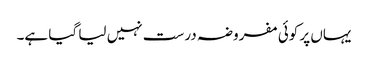
یہاں پر کوئی مفروضہ درست نہیں لیا گیا ہے۔